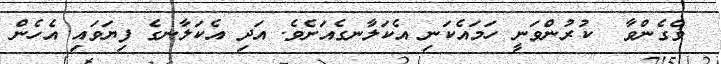
ވެގެންވާ  ކުރުންވަނީ ހަމައެކަނި އެކަލާނގެއަށެވެ. އަދި އެކަލާނގެ ފިޔަވައި އެހެން